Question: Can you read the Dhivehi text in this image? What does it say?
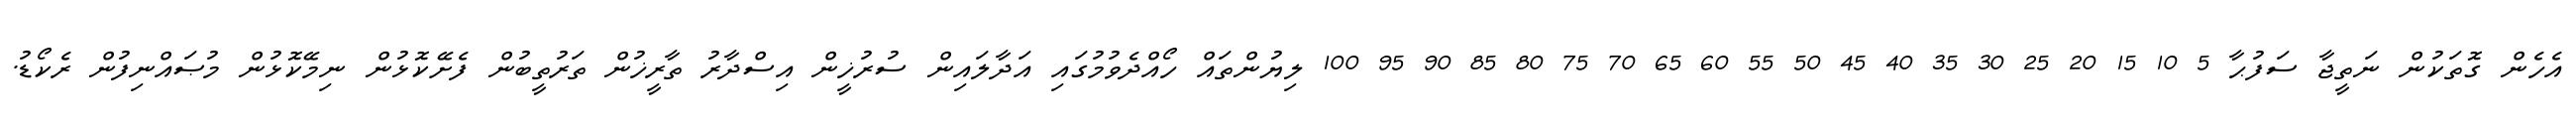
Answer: އެހެން ގޮތަކުން ނަތީޖާ ސަފުޙާ 5 10 15 20 25 30 35 40 45 50 55 60 65 70 75 80 85 90 95 100 ލިޔުންތައް ހޯއްދެވުމުގައި އަދާލައިން ސުރުޚީން އިސްދާރު ތާރީޚުން ތަރުތީބުން ފެށޭކޮޅުން ނިމޭކޮޅުން މުޞައްނިފުން ރެކޯޑު.